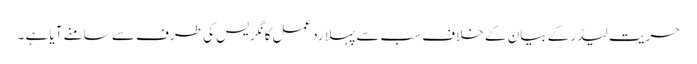
حریت لیڈر کے بیان کے خلاف سب سے پہلا ردعمل کانگریس کی طرف سے سامنے آیا ہے ۔